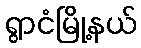
ရွာငံမြို့နယ်